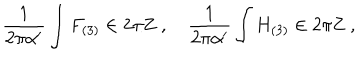
\frac { 1 } { 2 \pi \alpha ^ { \prime } } \int F _ { ( 3 ) } \in 2 \pi { \bf Z } \ , \quad \frac { 1 } { 2 \pi \alpha ^ { \prime } } \int H _ { ( 3 ) } \in 2 \pi { \bf Z } \ ,